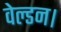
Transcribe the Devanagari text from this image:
वेल्डन।